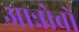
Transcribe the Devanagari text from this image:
आन्नोबों